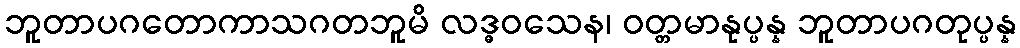
ဘူတာပဂတောကာသဂတဘူမိ လဒ္ဓဝသေန၊ ဝတ္တမာနုပ္ပန္န ဘူတာပဂတုပ္ပန္န